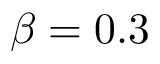
\beta = 0 . 3